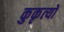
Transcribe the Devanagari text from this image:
कुकृत्‍यों